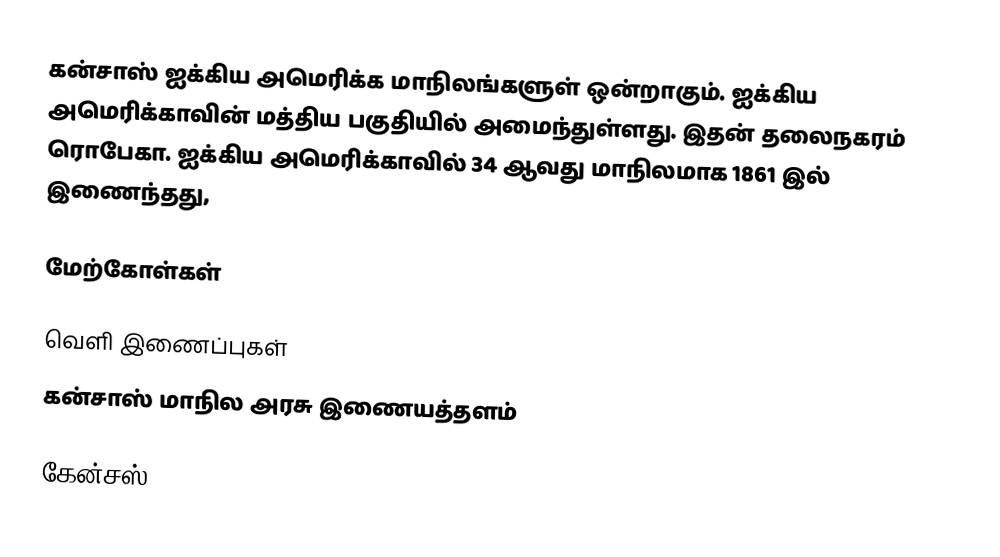
கன்சாஸ் ஐக்கிய அமெரிக்க மாநிலங்களுள் ஒன்றாகும். ஐக்கிய அமெரிக்காவின் மத்திய பகுதியில் அமைந்துள்ளது. இதன் தலைநகரம் ரொபேகா. ஐக்கிய அமெரிக்காவில் 34 ஆவது மாநிலமாக 1861 இல் இணைந்தது,

மேற்கோள்கள்

வெளி இணைப்புகள்
 கன்சாஸ் மாநில அரசு இணையத்தளம்

கேன்சஸ்